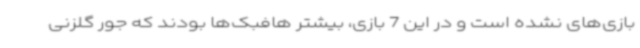
بازی‌های نشده است و در این 7 بازی، بیشتر هافبک‌ها بودند که جور گلزنی